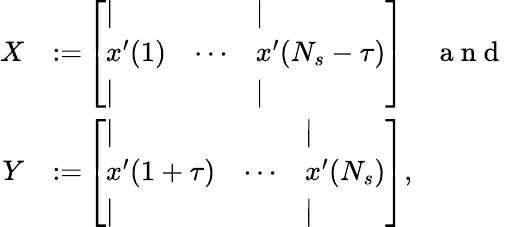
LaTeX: \begin{array}{rl}{X}&{{}{:=}\left[\begin{array}{lll}{\vert}&{}&{\vert}\\ {x^{\prime}(1)}&{\cdots}&{x^{\prime}(N_{s}-\tau)}\\ {\vert}&{}&{\vert}\end{array}\right]\quad\mathrm{~a~n~d~}}\\ {Y}&{{}{:=}\left[\begin{array}{lll}{\vert}&{}&{\vert}\\ {x^{\prime}(1+\tau)}&{\cdots}&{x^{\prime}(N_{s})}\\ {\vert}&{}&{\vert}\end{array}\right],}\end{array}